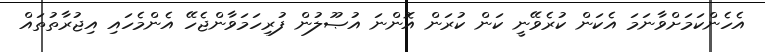
އެހެންކަމަށްވާނަމަ އެކަން ކުރެވޭނީ ކަން ކުރަން އޮންނަ އުޞޫލުން ފުރިހަމަވާންޖެހޭ އެންމެހައި އިޖުރާތުތައް